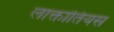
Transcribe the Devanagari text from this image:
लाक्तांतियस